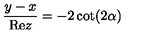
\frac { y - x } { \mathrm { R e } z } = - 2 \cot ( 2 \alpha )